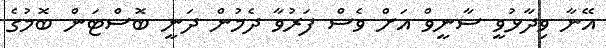
އޭނާ ވިދާޅުވީ ސާނީވް އަށް ވެސް ފަރުވާ ދެމުން ދަނީ ބޮސްޓަން ބޮމުގެ